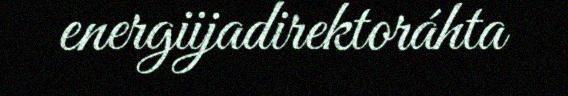
energiijadirektoráhta